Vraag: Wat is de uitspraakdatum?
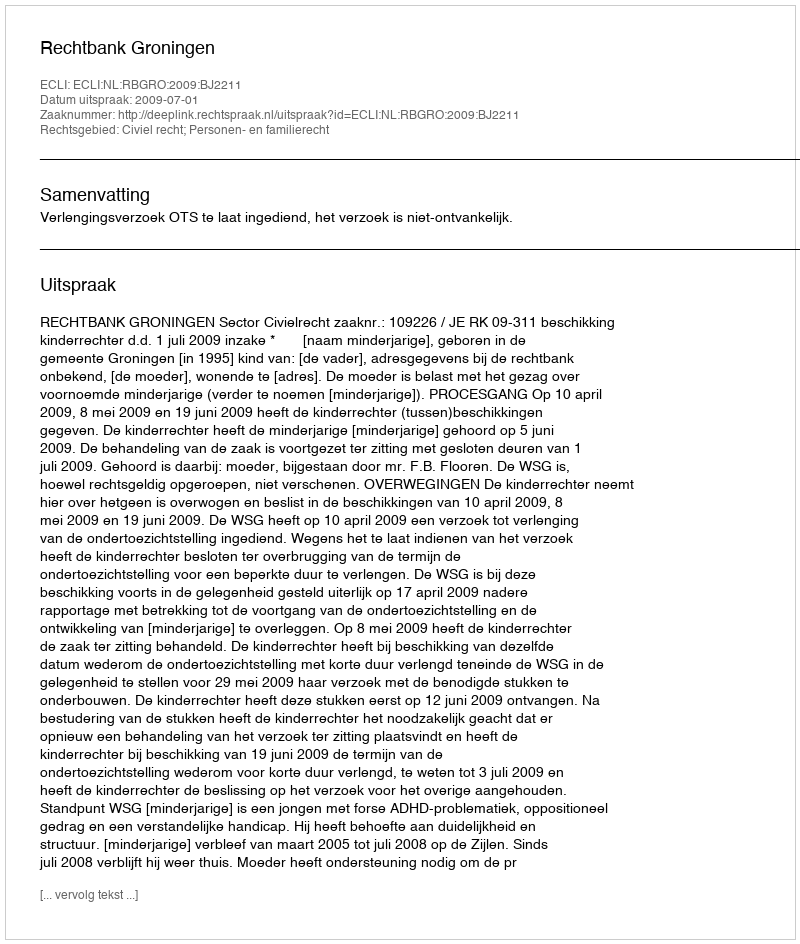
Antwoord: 2009-07-01